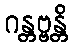
ဂန္တဗ္ဗန္တိ